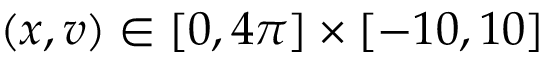
\left( x , v \right) \in \left[ 0 , 4 \pi \right] \times \left[ - 1 0 , 1 0 \right]